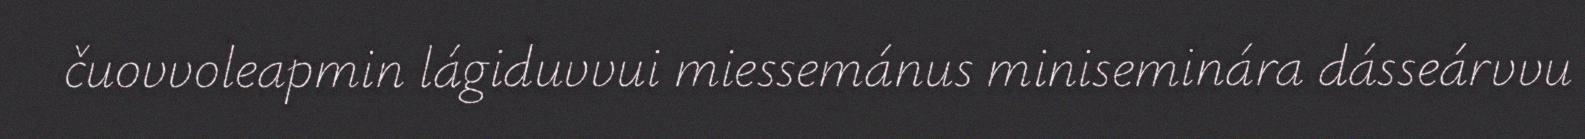
čuovvoleapmin lágiduvvui miessemánus miniseminára dásseárvvu